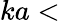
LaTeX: ka<